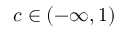
c \in ( - \infty , 1 )